Indian journal of veterinary science and animal husbandry - Volume 6,
Year: 1936
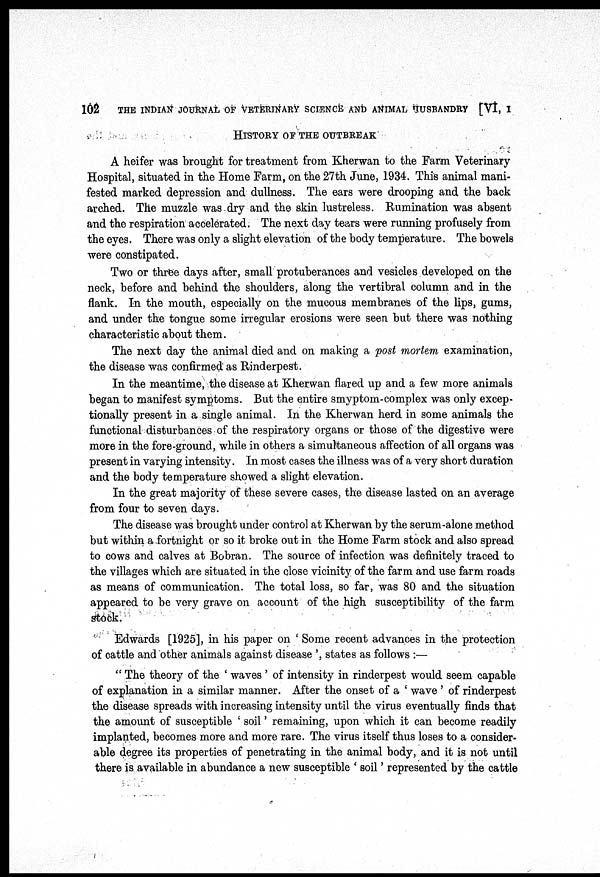
102
THE INDIAN JOURNAL OF VETERINARY SCIENCE AND ANIMAL HUSBANDRY [VI, I
HISTORY OF THE OUTBREAK
A heifer was brought for treatment from Kherwan to the Farm Veterinary
Hospital, situated in the Home Farm, on the 27th June, 1934. This animal mani-
fested marked depression and dullness. The ears were drooping and the back
arched. The muzzle was dry and the skin lustreless. Rumination was absent
and the respiration accelerated. The next day tears were running profusely from
the eyes. There was only a slight elevation of the body temperature. The bowels
were constipated.
Two or three days after, small protuberances and vesicles developed on the
neck, before and behind the shoulders, along the vertibral column and in the
flank. In the mouth, especially on the mucous membranes of the lips, gums,
and under the tongue some irregular erosions were seen but there was nothing
characteristic about them.
The next day the animal died and on making a post mortem examination,
the disease was confirmed as Rinderpest.
In the meantime, the disease at Kherwan flared up and a few more animals
began to manifest symptoms. But the entire smyptom-complex was only excep-
tionally present in a single animal. In the Kherwan herd in some animals the
functional disturbances of the respiratory organs or those of the digestive were
more in the fore-ground, while in others a simultaneous affection of all organs was
present in varying intensity. In most cases the illness was of a very short duration
and the body temperature showed a slight elevation.
In the great majority of these severe cases, the disease lasted on an average
from four to seven days.
The disease was brought under control at Kherwan by the serum-alone method
but within a fortnight or so it broke out in the Home Farm stock and also spread
to cows and calves at Bobran. The source of infection was definitely traced to
the villages which are situated in the close vicinity of the farm and use farm roads
as means of communication. The total loss, so far, was 80 and the situation
appeared to be very grave on account of the high susceptibility of the farm
stock.
Edwards [1925], in his paper on ' Some recent advances in the protection
of cattle and other animals against disease ', states as follows :—
" The theory of the ' waves ' of intensity in rinderpest would seem capable
of explanation in a similar manner. After the onset of a ' wave ' of rinderpest
the disease spreads with increasing intensity until the virus eventually finds that
the amount of susceptible ' soil' remaining, upon which it can become readily
implanted, becomes more and more rare. The virus itself thus loses to a consider-
able degree its properties of penetrating in the animal body, and it is not until
there is available in abundance a new susceptible ' soil' represented by the cattle